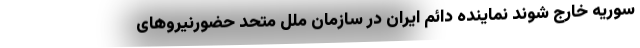
سوریه خارج شوند نماینده دائم ایران در سازمان ملل متحد حضورنیروهای